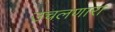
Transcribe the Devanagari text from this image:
उचलणारा